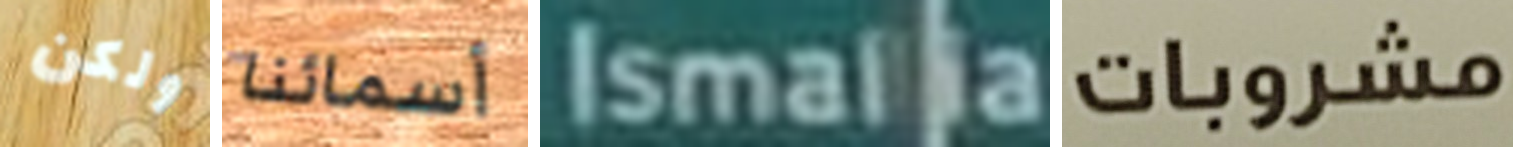
ولكن أسمائنا Ismalia مشروبات